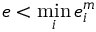
e < \operatorname* { m i n } _ { i } { e _ { i } ^ { m } }